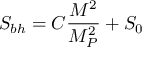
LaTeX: S _ { b h } = C \frac { M ^ { 2 } } { M _ { P } ^ { 2 } } + S _ { 0 }